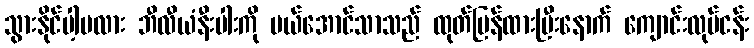
သွားနိုင်ပါ့မလား ဘီလီယံနီးပါးကို မယ်အောင်သာသည် ထုတ်ပြန်ထားပြီးနောက် ကျောင်းလုပ်ငန်း